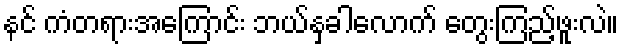
နင် ကံတရားအကြောင်း ဘယ်နှခါလောက် တွေးကြည့်ဖူးလဲ။